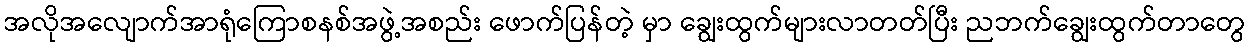
အလိုအလျောက်အာရုံကြောစနစ်အဖွဲ့အစည်း ဖောက်ပြန်တဲ့ မှာ ချွေးထွက်များလာတတ်ပြီး ညဘက်ချွေးထွက်တာတွေ